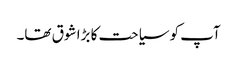
آپ کو سیاحت کا بڑا شوق تھا۔